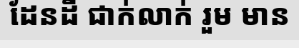
ដែនដី ជាក់លាក់ រួម មាន